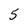
Character: 5